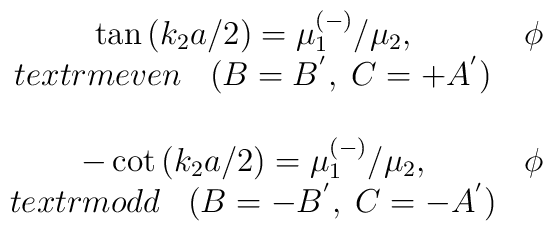
\begin{array}{cc}&  \\\tan \left( k_{2}a/2\right) =\mu _{1}^{\left( -\right) }/\mu _{2}, & \phi \\textrm{even}\;\;\;(B=B^{^{\prime }},\;C=+A^{^{\prime }}) \\&  \\-\cot \left( k_{2}a/2\right) =\mu _{1}^{\left( -\right) }/\mu _{2}, & \phi \\textrm{odd}\;\;\;(B=-B^{^{\prime }},\;C=-A^{^{\prime }})\end{array}